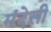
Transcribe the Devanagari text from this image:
मंदेसी